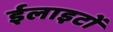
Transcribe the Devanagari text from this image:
ईलाइटों